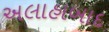
અલાહાબાદ